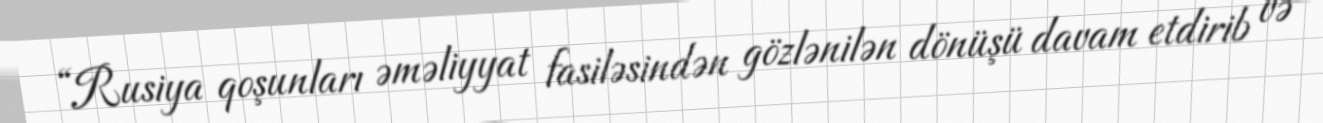
“Rusiya qoşunları əməliyyat fasiləsindən gözlənilən dönüşü davam etdirib və